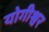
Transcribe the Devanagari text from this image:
योगीश्वर